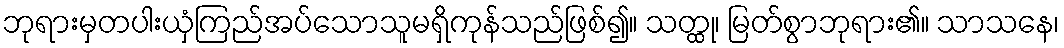
ဘုရားမှတပါးယှံကြည်အပ်သောသူမရှိကုန်သည်ဖြစ်၍။ သတ္ထု၊ မြတ်စွာဘုရား၏။ သာသနေ၊